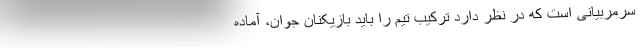
سرمربیانی است که در نظر دارد ترکیب تیم را باید بازیکنان جوان، آماده